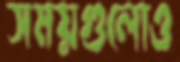
সময়গুলোও